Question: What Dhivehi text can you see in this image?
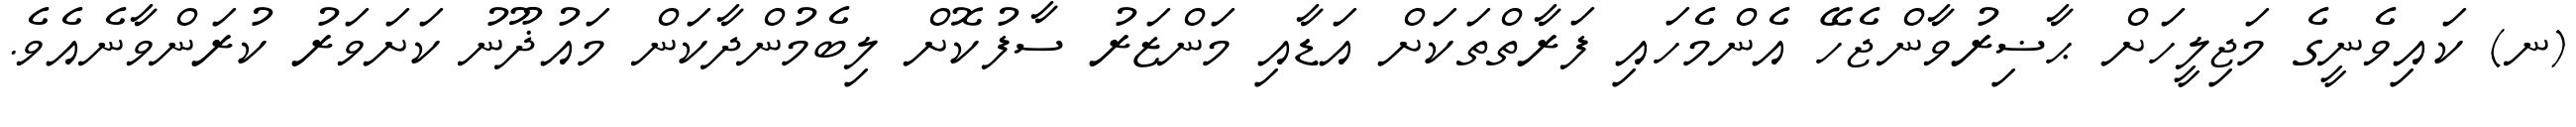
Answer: (ނ) ކައިވެނީގެ މަޖިލީހަށް ޙާޟިރުވާންޖެހޭ އެންމެހައި ފަރާތްތަކަށް އަޑާއި މަންޒަރު ސާފުކޮށް ލިބެމުންދާކަން މައުޛޫނު ކަށަވަރު ކުރަންވާނެއެވެ.